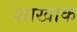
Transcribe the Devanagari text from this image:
शाखाक